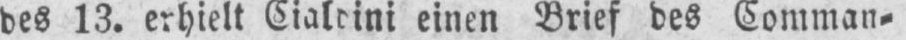
einen Brief des Comman⸗